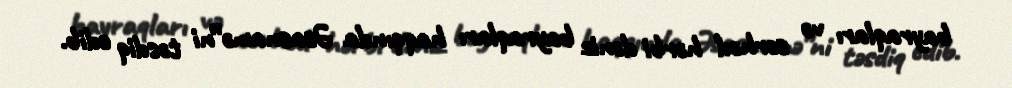
bayraqları və sərhəd hərbi dəniz bayraqları haqqında Əsasnamə”ni təsdiq edib.